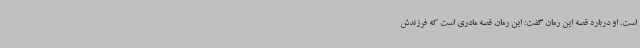
است. او درباره قصه این رمان گفت: این رمان قصه مادری است که فرزندش